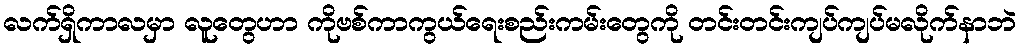
လက်ရှိကာလမှာ လူတွေဟာ ကိုဗစ်ကာကွယ်ရေးစည်းကမ်းတွေကို တင်းတင်းကျပ်ကျပ်မလိုက်နာဘဲ